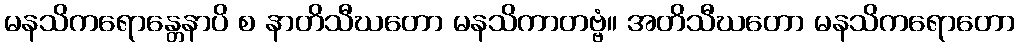
မနသိကရောန္တေနာပိ စ နာတိသီဃတော မနသိကာတဗ္ဗံ။ အတိသီဃတော မနသိကရောတော